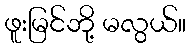
ဖူးမြင်ဘို့ မလွယ်။